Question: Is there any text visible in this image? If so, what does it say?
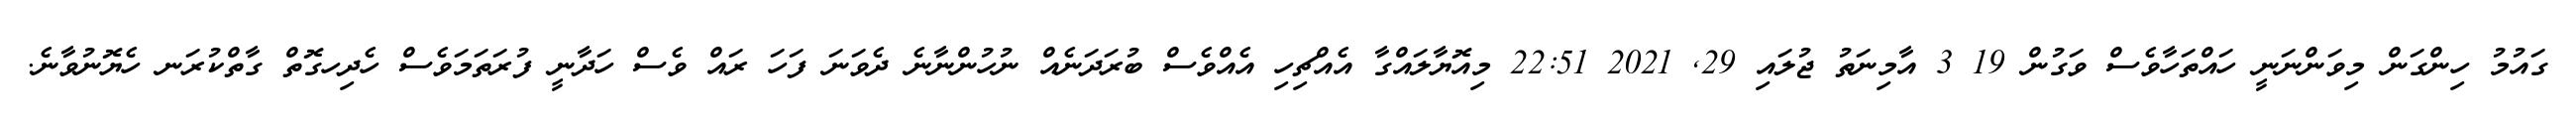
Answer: ގައުމު ހިންގަން މިވަންނަނީ ހައްތަހާވެސް ވަގުން 19 3 އާމިނަތު ޖުލައި 29, 2021 22:51 މިއޮޔާލައްގާ އެއްޗިހި އެއްވެސް ބުރަދަނެއް ނުހުންނާނެ ދެވަނަ ފަހަ ރައް ވެސް ހަދާނީ ފުރަތަމަވެސް ހެދިހގޮތް ގާތްކުރަނ ހެޔޮނުވާނެ.